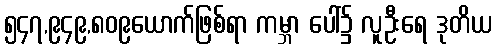
၅၄၇,၉၄၉,၈၀၉ယောက်ဖြစ်ရာ ကမ္ဘာ ပေါ်၌ လူဦးရေ ဒုတိယ